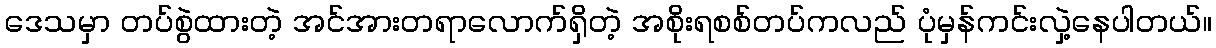
ဒေသမှာ တပ်စွဲထားတဲ့ အင်အားတရာလောက်ရှိတဲ့ အစိုးရစစ်တပ်ကလည် ပုံမှန်ကင်းလှဲ့နေပါတယ်။